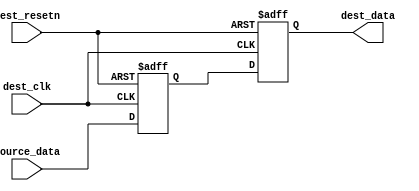
//-----------------------------------------------------------------------------
// The confidential and proprietary information contained in this file may
// only be used by a person authorised under and to the extent permitted
// by a subsisting licensing agreement from ARM Limited.
//
//            (C) COPYRIGHT 2013 ARM Limited.
//                ALL RIGHTS RESERVED
//
// This entire notice must be reproduced on all copies of this file
// and copies of this file may only be made by a person if such person is
// permitted to do so under the terms of a subsisting license agreement
// from ARM Limited.
//
//      SVN Information
//
//      Checked In          : $Date: 2013-04-05 11:54:17 +0100 (Fri, 05 Apr 2013) $
//
//      Revision            : $Revision: 242973 $
//
//      Release Information : CM3DesignStart-r0p0-00rel0
//
//-----------------------------------------------------------------------------
//-----------------------------------------------------------------------------
// Abstract : Synchronization registers for metastability prevention
//-----------------------------------------------------------------------------

module fpga_sync_regs (
  dest_clk,
  dest_resetn,
  source_data,
  dest_data
  );

//  Simple metastability register

parameter INPUT_WIDTH      = 8;                 // Width of data bus
parameter INPUT_MAX        = INPUT_WIDTH - 1;   // Upper bound of data vector

  input                dest_clk;
  input                dest_resetn;
  input  [INPUT_MAX:0] source_data;
  output [INPUT_MAX:0] dest_data;

  // synchronization registers to avoid metastability issue
  wire [INPUT_MAX:0] dest_data;
  reg  [INPUT_MAX:0] dest_data_i1;
  reg  [INPUT_MAX:0] dest_data_i2;

  always @ (posedge dest_clk or negedge dest_resetn)
  begin
  if (!dest_resetn) begin
    dest_data_i1 <= {INPUT_WIDTH{1'b0}};
    dest_data_i2 <= {INPUT_WIDTH{1'b0}};
  end else begin
    dest_data_i1 <= source_data;
    dest_data_i2 <= dest_data_i1;
  end
  end

  assign dest_data = dest_data_i2;

endmodule